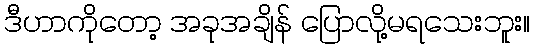
ဒီဟာကိုတော့ အခုအချိန် ပြောလို့မရသေးဘူး။